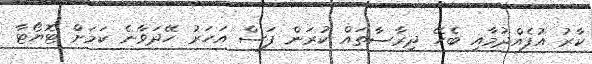
ކާރު އުފެއްދުމާއި ބެހޭ ދިރާސާތައް ކުރަން ފަސް އަހަރު ހޭދަވާނެ ކަމަށް ޓޮޔޯޓާ